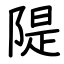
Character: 隄